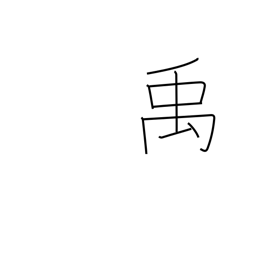
Meaning: name of a Chinese emperor